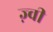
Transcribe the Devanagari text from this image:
ज़्वी